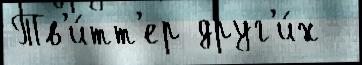
Тв'и́тт'ер друг'и́х